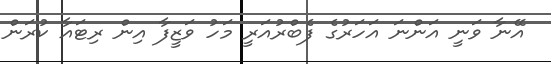
އޭނާ ވަނީ އަންނަ އަހަރުގެ ފެބްރުއަރީ މަހު ވަޒީފާ އިން ރިޓައާ ކުރަން